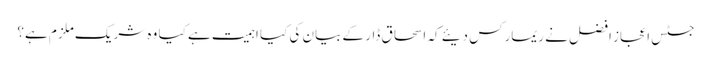
جسٹس اعجاز افضل نے ریمارکس دیئے کہ اسحاق ڈار کے بیان کی کیا اہمیت ہے کیا وہ شریک ملزم ہے؟